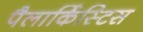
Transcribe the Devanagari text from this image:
पैलार्किस्टिस